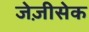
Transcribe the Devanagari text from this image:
जेज़ीसेक